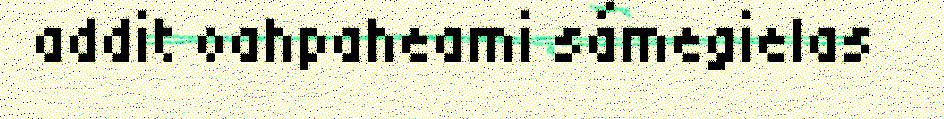
addit oahpaheami sámegielas